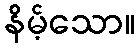
နိမ့်သော။